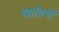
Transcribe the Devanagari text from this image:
स्वातियों